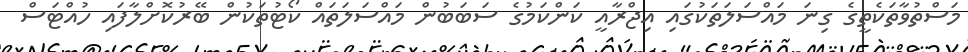
މަސްތުވާތަކެތީގެ ގިނަ މައްސަލަތަކުގައި އިޖްރާއީ ކަންކަމުގެ ސަބަބުން މައްސަލަތައް ކޯޓުތަކުން ބޭރުކޮށްލާފައި ހުުއްޓަސް